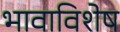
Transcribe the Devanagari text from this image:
भावाविशेष